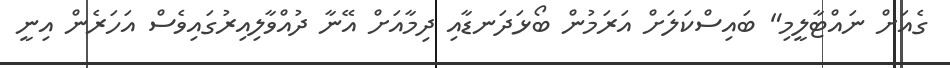
ގެއަށް ނައްޓާލީމި" ބައިސްކަލަށް އަރަމުން ބޯޅަދަނޑާއި ދިމާއަށް އޭނާ ދުއްވާލިއިރުގައިވެސް އަހަރެން އިނީ